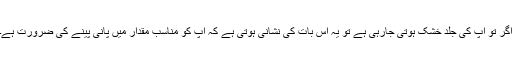
اگر تو آپ کی جلد خشک ہوتی جارہی ہے تو یہ اس بات کی نشانی ہوتی ہے کہ آپ کو مناسب مقدار میں پانی پینے کی ضرورت ہے۔